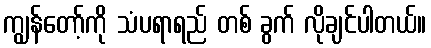
ကျွန်တော့်ကို သံပရာရည် တစ် ခွက် လိုချင်ပါတယ်။